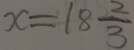
x = 1 8 \frac { 2 } { 3 }